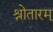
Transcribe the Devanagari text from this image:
श्रोतारम्